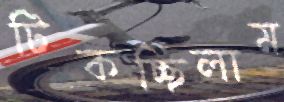
টিকচ্ছিলাম